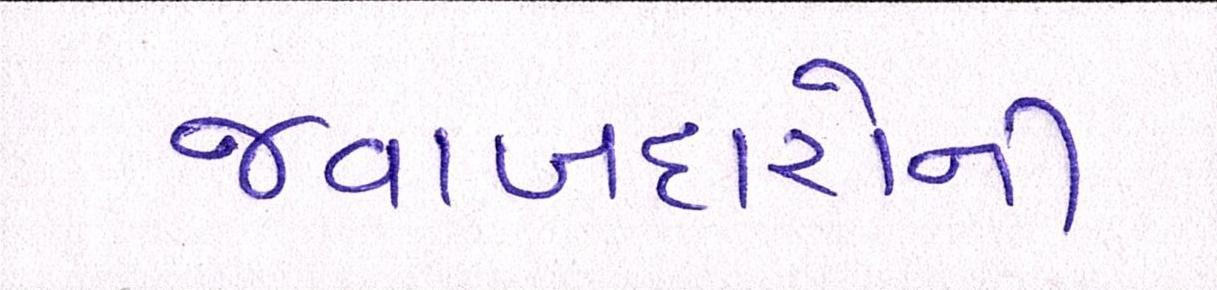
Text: જવાબદારોની